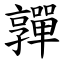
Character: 嚲